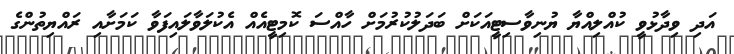
އަދި ވިދާޅުވީ ކުއްލިއްޔާ ޔުނިވާސިޓީއަކަށް ބަދަލުކުރުމަށް ހާއްސަ ކޮމިޓީއެއް އެކުލަވާލައިފަވާ ކަމަށާއި ރައްޔިތުންގެ